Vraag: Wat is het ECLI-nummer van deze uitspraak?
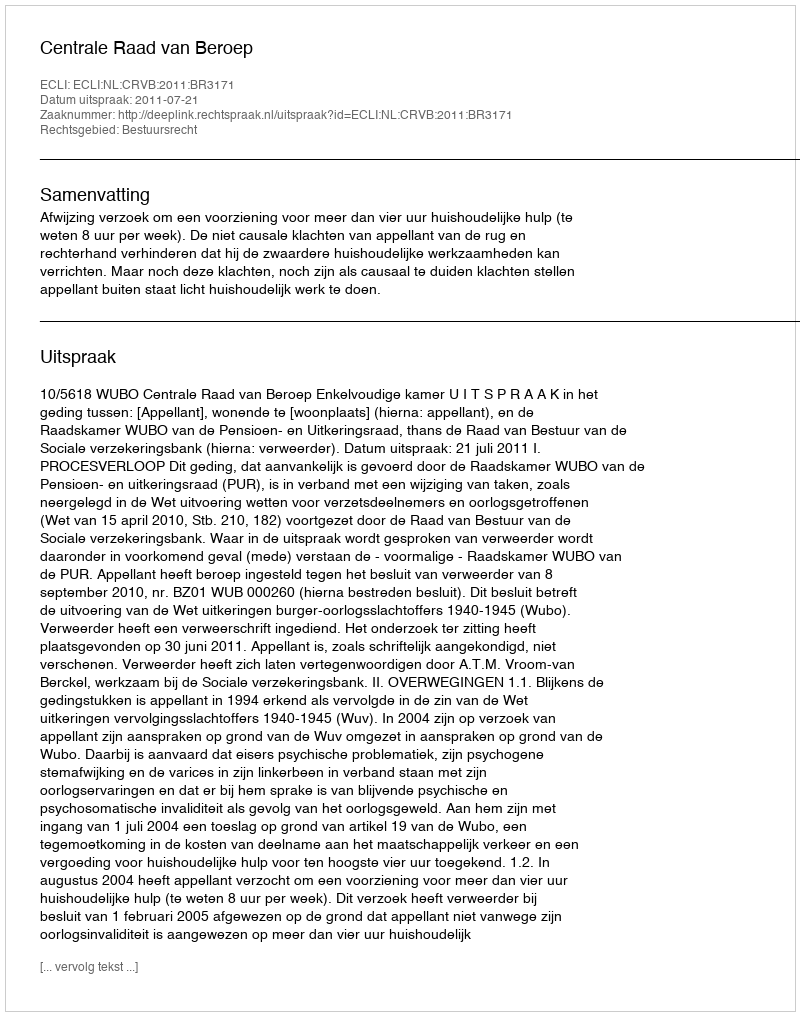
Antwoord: ECLI:NL:CRVB:2011:BR3171